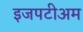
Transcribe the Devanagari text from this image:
इजपटीअम